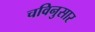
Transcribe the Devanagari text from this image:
चविनुसार